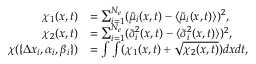
\begin{array} { r l } { \chi _ { 1 } ( x , t ) } & { = \sum _ { i = 1 } ^ { N _ { e } } ( \tilde { \mu } _ { i } ( x , t ) - \langle { \tilde { \mu } _ { i } ( x , t ) } \rangle ) ^ { 2 } , } \\ { \chi _ { 2 } ( x , t ) } & { = \sum _ { i = 1 } ^ { N _ { e } } ( \tilde { \sigma } _ { i } ^ { 2 } ( x , t ) - \langle { \tilde { \sigma } _ { i } ^ { 2 } ( x , t ) } \rangle ) ^ { 2 } , } \\ { \chi ( \{ \Delta x _ { i } , \alpha _ { i } , \beta _ { i } \} ) } & { = \int \int ( \chi _ { 1 } ( x , t ) + \sqrt { \chi _ { 2 } ( x , t ) } ) d x d t , } \end{array}